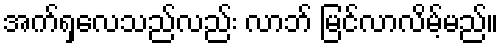
အက်ရှလေသည်လည်း လာဘ် မြင်လာလိမ့်မည်။